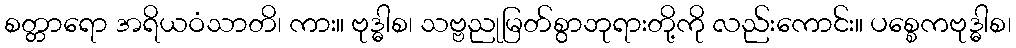
စတ္တာရော အရိယဝံသာတိ၊ ကား။ ဗုဒ္ဓါစ၊ သဗ္ဗညုမြတ်စွာဘုရားတို့ကို လည်းကောင်း။ ပစ္စေကဗုဒ္ဓါစ၊